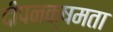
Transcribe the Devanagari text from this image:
दीपनक्षमता